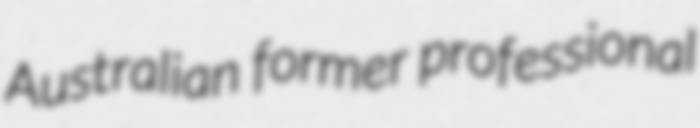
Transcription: Australian former professional